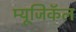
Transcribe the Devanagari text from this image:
म्यूजिकॅल